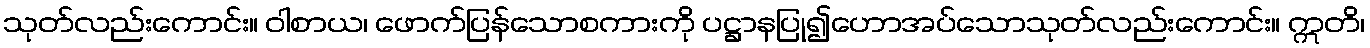
သုတ်လည်းကောင်း။ ဝါစာယ၊ ဖောက်ပြန်သောစကားကို ပဋ္ဌာနပြု၍ဟောအပ်သောသုတ်လည်းကောင်း။ ဣတိ၊